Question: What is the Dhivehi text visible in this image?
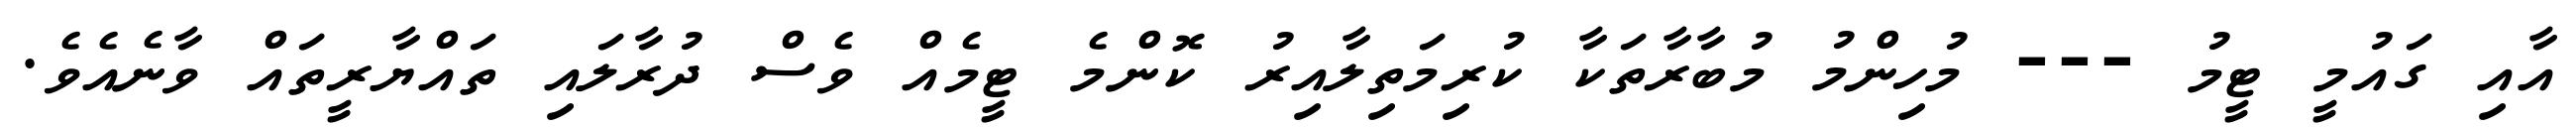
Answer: އާއި ގައުމީ ޓީމު --- މުހިންމު މުބާރާތަކާ ކުރިމަތިލާއިރު ކޮންމެ ޓީމެއް ވެސް ދުރާލައި ތައްޔާރީތައް ވާނެއެވެ.